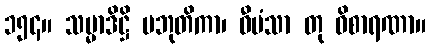
၁၅၄။ သမ္မာဒိဋ္ဌိ ပဘုတိကာ၊ ဝီမံသာ တု ဝိစာရဏာ။